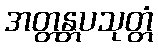
အတ္တန္တပသုတ္တံ